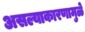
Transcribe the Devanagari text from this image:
असल्याकारणामुळे